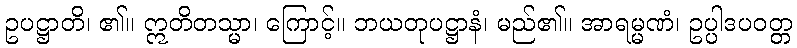
ဥပဋ္ဌာတိ၊ ၏။ ဣတိတသ္မာ၊ ကြောင့်။ ဘယတုပဋ္ဌာနံ၊ မည်၏။ အာရမ္မဏံ၊ ဥပ္ပါဒပဝတ္တ